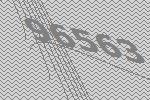
96563